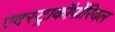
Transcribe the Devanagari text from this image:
एक्स्ट्राकॉर्पोरियल